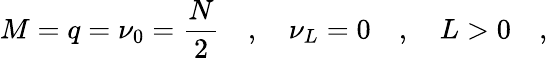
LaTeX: M=q=\nu_{0}=\frac{N}{2}\quad,\quad\nu_{L}=0\quad,\quad L>0\quad,